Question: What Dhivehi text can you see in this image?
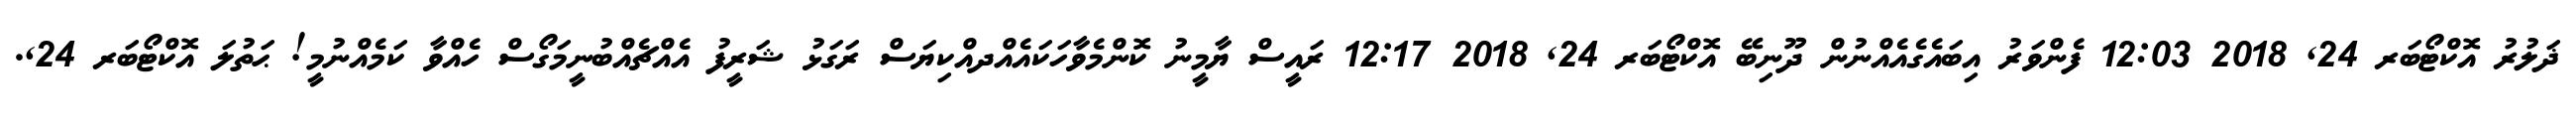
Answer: ޛަލުރު އޮކްޓޯބަރ 24, 2018 12:03 ފެންވަރު އިބައެގެއެއްނުން ދޫނިބޭ އޮކްޓޯބަރ 24, 2018 12:17 ރައީސް ޔާމީނު ކޮންމެވާހަކައެއްދއްކިޔަސް ރަގަޅު ޝަރީފު އެއްޗެއްބުނީމަގޯސް ހެއްވާ ކަމެއްނުމީ! ޙަތުލަ އޮކްޓޯބަރ 24,.